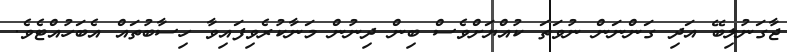
ޖާގަނުލިބޭ އަދި ގަންނަން ނުވަތަ ކުއްޔަށްވެސް ބިން ދިނުން މަނާކުރެވިފައިވާ ހިސާބުތައް އެބަހުއްޓެވެ.